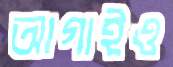
আগাইও